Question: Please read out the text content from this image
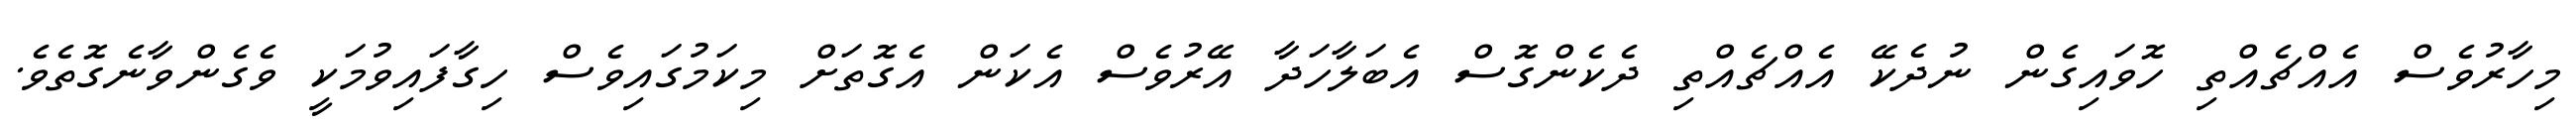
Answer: މިހާރުވެސް އެއްޗެއްތި ހޮވައިގެން ނުދެކޭ އެއްޗެއްތި ދެކެންގޮސް އެބަލާހަދާ އޭރުވެސް އެކަން އެގޮތަށް މިކަމުގައިވެސް ހިގާފައިވުމަކީ ވެގެންވާނެގޮތެވެ.